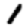
Digit: 1